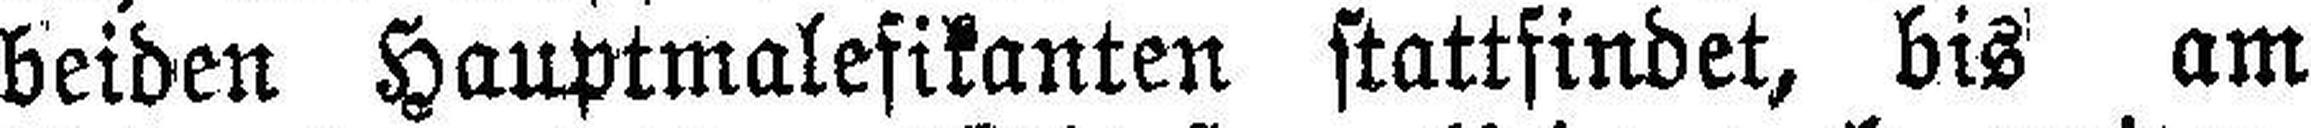
beiden Hauptmalefikanten stattfindet, bis am